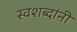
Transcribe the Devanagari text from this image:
स्वशब्दांनी